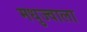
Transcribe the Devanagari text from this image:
मधुज्वाला